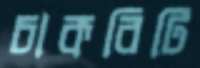
চাকরিটি